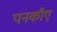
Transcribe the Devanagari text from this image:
पनकौए